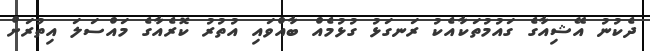
ދެކުނު އޭޝިއާގެ ގައުމުތަކާއެކު ރަނގަޅު ގުޅުމެއް ބާއްވައި އުތުރު ކޮރެއާގެ މައްސަލަ އިތުރަށް